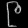
Digit: ၉